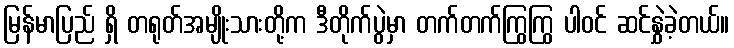
မြန်မာပြည် ရှိ တရုတ်အမျိုးသားတို့က ဒီတိုက်ပွဲမှာ တက်တက်ကြွကြွ ပါဝင် ဆင်နွှဲခဲ့တယ်။